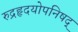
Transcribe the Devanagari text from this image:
रुद्रहृदयोपनिषद्